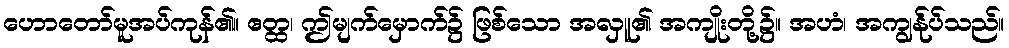
ဟောတော်မူအပ်ကုန်၏။ ဧတ္ထ၊ ဤမျက်မှောက်၌ ဖြစ်သော အလှူ၏ အကျိုးတို့၌။ အဟံ၊ အကျွန်ုပ်သည်။